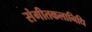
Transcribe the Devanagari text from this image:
संगीतकलानिधि